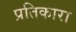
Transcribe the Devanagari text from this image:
प्रतिकारा